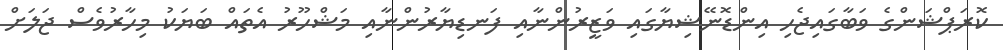
ކޮރަޕްޝަންގެ ވަބާގައިޖެހި އިންޑޮނޭޝިޔާގައި ވަޒީރުންނާއި ފަނޑިޔާރުންނާއި މަޝްހޫރު އެތައް ބަޔަކު މިހާރުވެސް ޖަލަށް